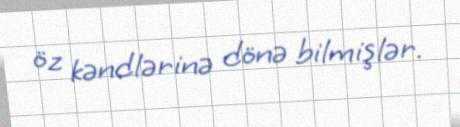
öz kəndlərinə dönə bilmişlər.